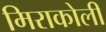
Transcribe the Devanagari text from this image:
मिराकोली